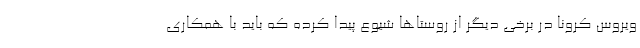
ویروس کرونا در برخی دیگر از روستاها شیوع پیدا کرده که باید با همکاری